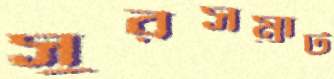
সুরসম্রাট